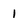
Character: I